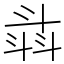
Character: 𣁾